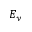
E _ { y }